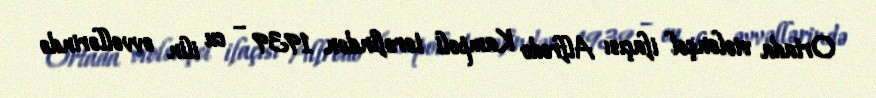
Ortada violonçel ifaçısı Alfredo Kampoli tərəfindən 1939 – cu ilin əvvəllərində